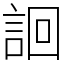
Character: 䛛